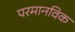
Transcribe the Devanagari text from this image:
परमानविक